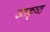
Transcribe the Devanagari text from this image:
उतकृष्ठ